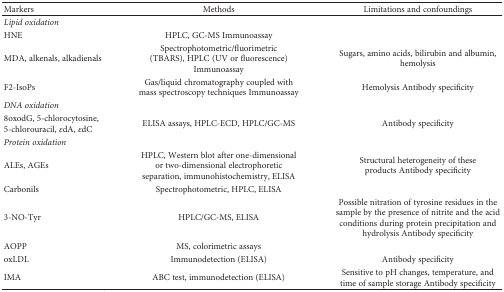
| Markers | Methods | Limitations and confoundings |
 | --- | --- | --- |
 | Lipid oxidation |  |  |
 | HNE | HPLC, GC-MS Immunoassay |  |
 | MDA, alkenals, alkadienals | Spectrophotometric/fluorimetric (TBARS), HPLC (UV or fluorescence)Immunoassay | Sugars, amino acids, bilirubin and albumin, hemolysis |
 | F2-IsoPs | Gas/liquid chromatography coupled with mass spectroscopy techniques Immunoassay | Hemolysis Antibody specificity |
 | DNA oxidation |  |  |
 | 8oxodG, 5-chlorocytosine, 5-chlorouracil, εdA, εdC | ELISA assays, HPLC-ECD, HPLC/GC-MS | Antibody specificity |
 | Protein oxidation |  |  |
 | ALEs, AGEs | HPLC, Western blot after one-dimensional or two-dimensional electrophoretic separation, immunohistochemistry, ELISA | Structural heterogeneity of these products Antibody specificity |
 | Carbonils | Spectrophotometric, HPLC, ELISA |  |
 | 3-NO-Tyr | HPLC/GC-MS, ELISA | Possible nitration of tyrosine residues in the sample by the presence of nitrite and the acid conditions during protein precipitation and hydrolysis Antibody specificity |
 | AOPP | MS, colorimetric assays |  |
 | oxLDL | Immunodetection (ELISA) | Antibody specificity |
 | IMA | ABC test, immunodetection (ELISA) | Sensitive to pH changes, temperature, and time of sample storage Antibody specificity |